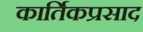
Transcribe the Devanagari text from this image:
कार्तिकप्रसाद